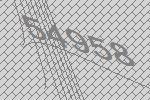
54958